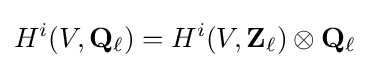
H^{i}(V,\mathbf {Q} _{\ell })=H^{i}(V,\mathbf {Z} _{\ell })\otimes \mathbf {Q} _{\ell }